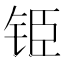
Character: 𮸅